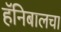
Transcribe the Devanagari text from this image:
हॅनिबालचा